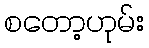
စတော့ဟုမ်း